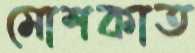
মোশকাত